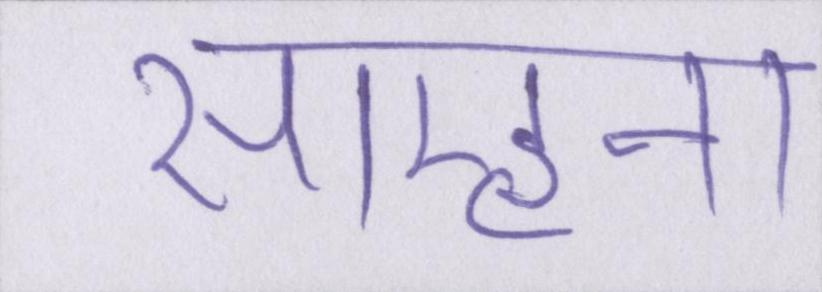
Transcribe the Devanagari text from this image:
साम्हना